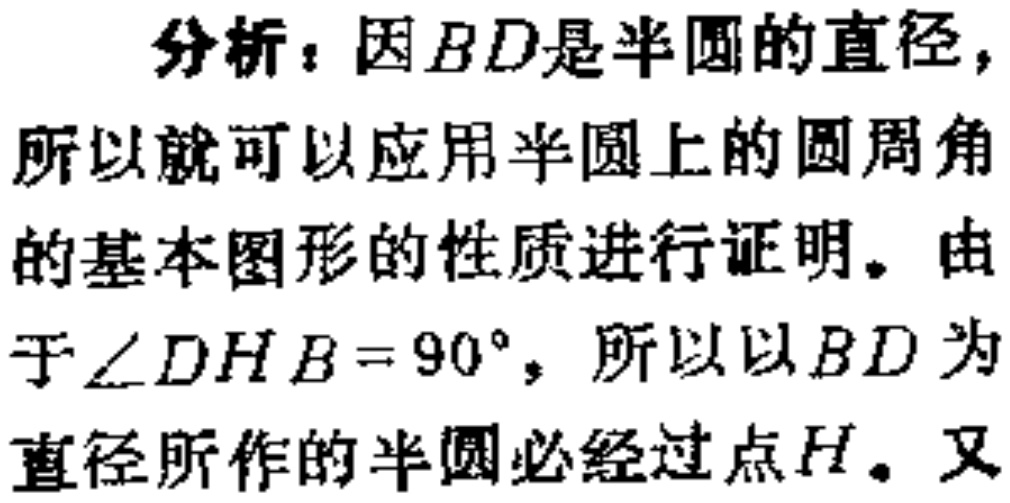
分析：因\(BD\)是半圆的直径，所以就可以应用半圆上的圆周角的基本图形的性质进行证明。由于\(\angle DHB = 90^{\circ}\)，所以以\(BD\)为直径所作的半圆必经过点\(H\)。又